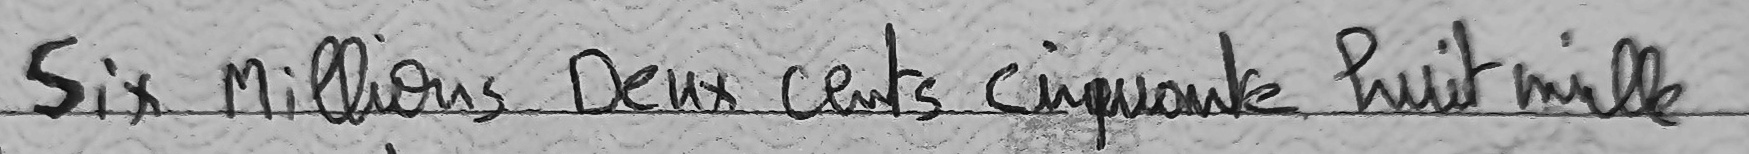
Six Millions Deux cents cinquante huit mille